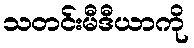
သတင်းမီဒီယာကို